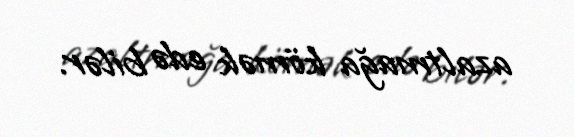
azaltmağa kömək edə bilər.